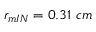
r _ { m I N } = 0 . 3 1 ~ c m